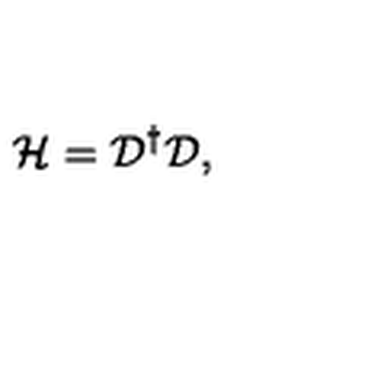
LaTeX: { \mathcal H } = { \mathcal D } ^ { \dagger } { \mathcal D } ,